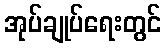
အုပ်ချုပ်ရေးတွင်